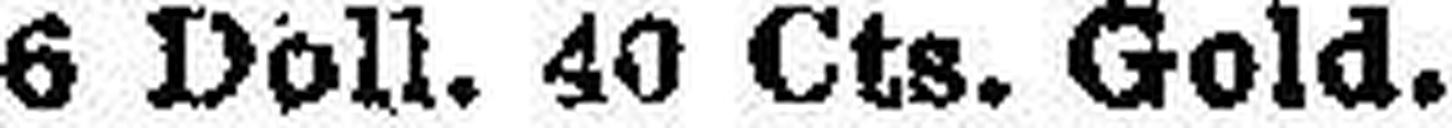
6 Doll. 40 Cts. Gold.